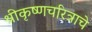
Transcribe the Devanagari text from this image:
श्रीकृष्णचरित्राचे